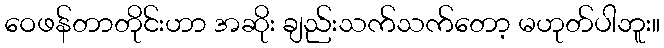
ဝေဖန်တာတိုင်းဟာ အဆိုး ချည်းသက်သက်တော့ မဟုတ်ပါဘူး။